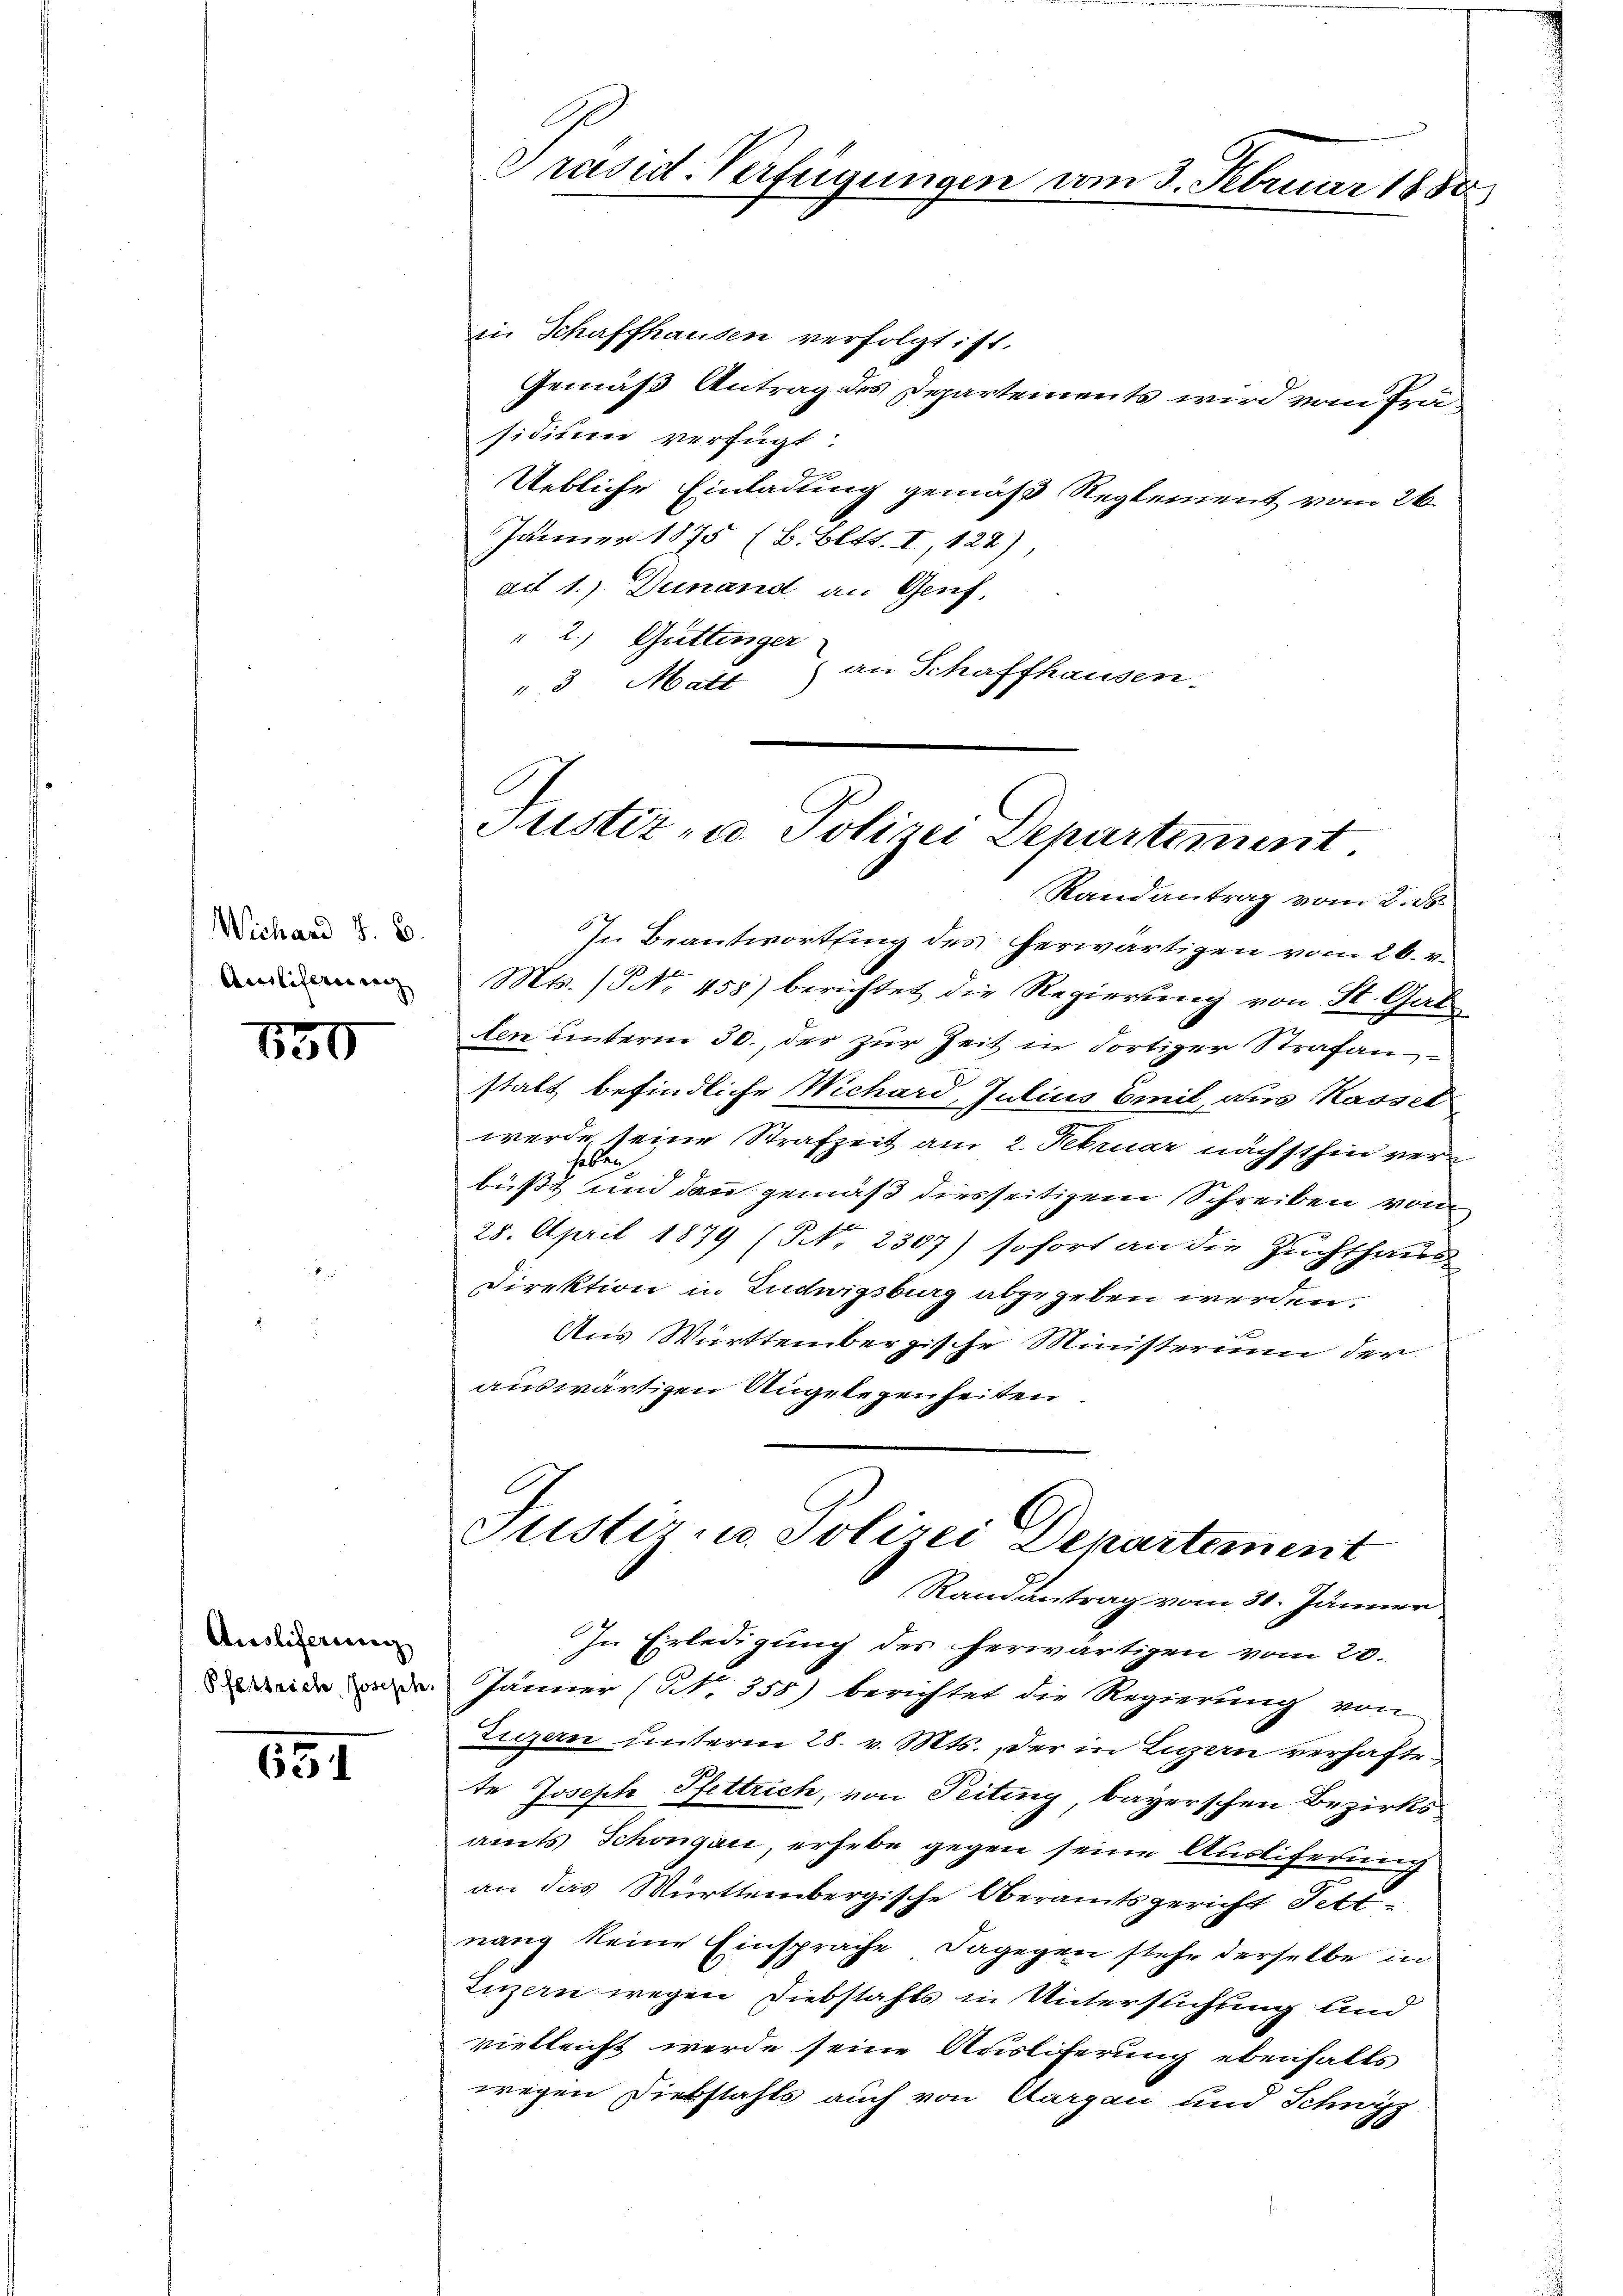
Wichard z. B.
Ausliserierenz

830

Ausliferung

651

A
Präsid-Verfügungen vom 3. Februar 1888.

in Schaffhausen verfolgt ist.
Gemäß Antrag des Departements wird vom Präsidium verfügt:
Uebliche Einladung gemäß Reglement vom 26.
Jänner 1875 (B. Bett. I, 124),
ait 1.) Deinand an Genf,
" 2.) Guttinger
" 3 Matt an Schaffhausen.

In Beantwortung des herwärtigen vom 26. v.
Mts. (NNo. 455) berichtet die Regierung von St. Gal
len unterm 30. der zur Zeit in dortiger Strafanstatt befindliche Wichard, Julius Emil aus Kassel
werde, seine Strafzeit am 2. Februar nächsthin verhabten
büßt und dann gemäß diesseitigem Schreiben vom
28. April 1879 (Nr. 2307) sofort an die Zuchthaus
Direktion in Ludwigsburg abgegeben werden.
Aus Württembergische Ministerium der
auswärtigen Ungelegenheiten.

Justiz- u. Polizei Departement.
Randantrag vom 2. ds.

Justiz- u. Polizei Departement
Randantrag vom 31. Jänner

In Erledigung des herwärtigen vom 20.
eide. Jänner (NNo. 355) berichtet die Regierung von
Luzern unterm 28. v. Mts., der in Ligern verhaftete Joseph Pfettrich, von Teiting, bayerschen Bezirks
amts Schongau, erhebe gegen seine Auslifedung
an das Württembergische Oberamtsgericht Tettnang keine Einsprache dagegen stehe derselbe in
Luzern wegen Diebstahls in Untersuchung und
vielleicht werde seine Ausliferung ebenfalls
wegen Diebstahls auch von Aargau und Schwyz